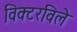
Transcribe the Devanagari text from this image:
विक्टरविले